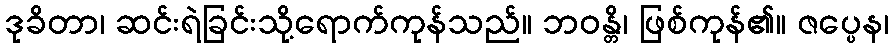
ဒုခိတာ၊ ဆင်းရဲခြင်းသို့ရောက်ကုန်သည်။ ဘဝန္တိ၊ ဖြစ်ကုန်၏။ ဇပ္ပေန၊